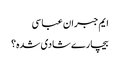
ایم جبران عباسی
بیچارے شادی شدہ؟